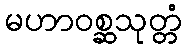
မဟာဝစ္ဆသုတ္တံ